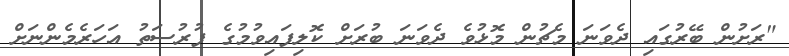
"ރަށުން ބޭރުގައި ދެވަނަ މެޗުން މޮޅުވެ ދެވަނަ ބުރަށް ކޮލިފައިވުމުގެ ފުރުސަތު އަހަރެމެންނަށް